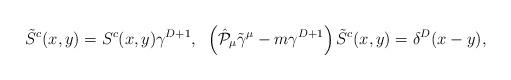
LaTeX: \begin{align*} \tilde{S}^{c}(x,y) = S^{c}(x,y)\gamma^{D+1},\;\; \left( \hat{{\cal P}}_\mu \tilde{\gamma}^\mu - m\gamma^{D+1} \right)\tilde{S}^{c}(x,y)= \delta^{D}(x-y),\end{align*}